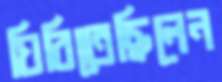
ঘিরিতেছিলেন